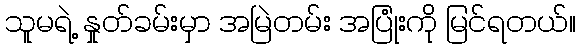
သူမရဲ့ နှုတ်ခမ်းမှာ အမြဲတမ်း အပြုံးကို မြင်ရတယ်။